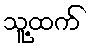
သူ့ထက်